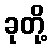
ခုတို့